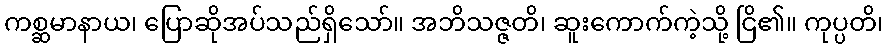
ကစ္ဆမာနာယ၊ ပြောဆိုအပ်သည်ရှိသော်။ အဘိသဇ္ဇတိ၊ ဆူးကောက်ကဲ့သို့ ငြိ၏။ ကုပ္ပတိ၊